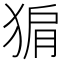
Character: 猏